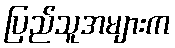
ပြည်သူအများက